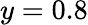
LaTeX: y=0.8